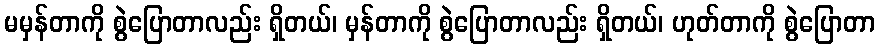
မမှန်တာကို စွဲပြောတာလည်း ရှိတယ်၊ မှန်တာကို စွဲပြောတာလည်း ရှိတယ်၊ ဟုတ်တာကို စွဲပြောတာ